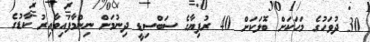
30 ދުވަހުގެ މަހަކަށް ބޮލަކަށް 40 ރުފިޔާގެ ސަބްސިޑީ ދިނުމަށް ނިންމާފައިވާއިރު ކާޑުގެ